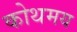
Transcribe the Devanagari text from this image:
कोथमय